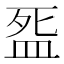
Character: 𭮓